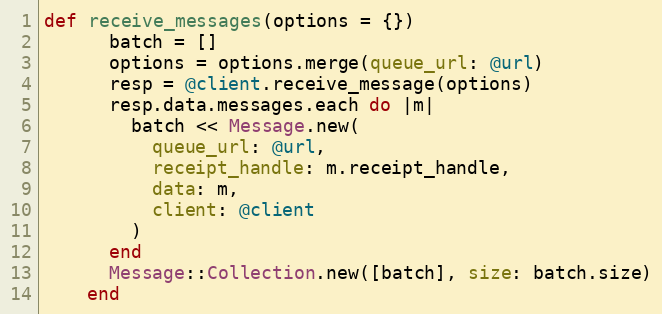
Language: Ruby
def receive_messages(options = {})
      batch = []
      options = options.merge(queue_url: @url)
      resp = @client.receive_message(options)
      resp.data.messages.each do |m|
        batch << Message.new(
          queue_url: @url,
          receipt_handle: m.receipt_handle,
          data: m,
          client: @client
        )
      end
      Message::Collection.new([batch], size: batch.size)
    end